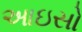
આઇસો